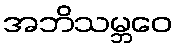
အဘိသမ္ဘဝေ